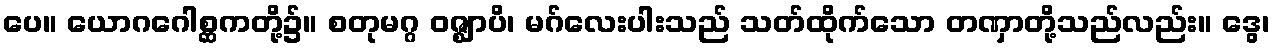
ပေ။ ယောဂဂေါစ္ဆကတို့၌။ စတုမဂ္ဂ ဝဇ္ဈာပိ၊ မဂ်လေးပါးသည် သတ်ထိုက်သော တဏှာတို့သည်လည်း။ ဒွေ၊